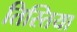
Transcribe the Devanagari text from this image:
तिस्तिया